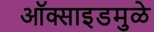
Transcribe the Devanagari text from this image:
ऑक्साइडमुळे